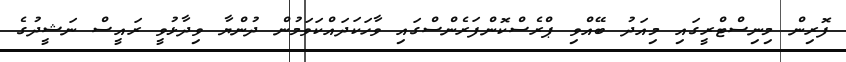
ފޮރިން މިނިސްޓްރީގައި މިއަދު ބޭއްވި ޕްރެސްކޮންފަރެންސްގައި ވާހަކަދައްކަވަމުން ދުންޔާ ވިދާޅުވީ ރައީސް ނަޝީދުގެ